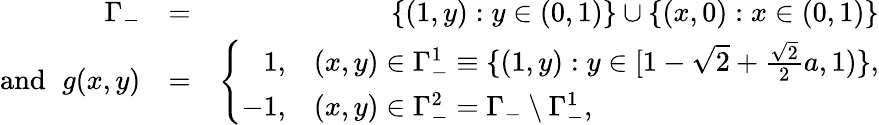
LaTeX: \begin{array}{rlr}{\Gamma_{-}}&{=}&{\{ (1,y):y\in(0,1)\} \cup\{ (x,0):x\in(0,1)\} }\\ {\mathrm{and~}\, \, g(x,y)}&{=}&{\left\{ \begin{array}{rl}{1,}&{(x,y)\in\Gamma_{-}^{1}\equiv\{ (1,y):y\in[1-\sqrt{2}+\frac{\sqrt{2}}{2}a,1)\} ,}\\ {-1,}&{(x,y)\in\Gamma_{-}^{2}=\Gamma_{-}\setminus\Gamma_{-}^{1},}\end{array}\right.}\end{array}